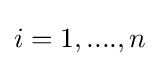
i=1,....,n